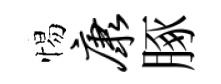
惕康䐁